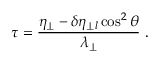
\tau = \frac { \eta _ { \perp } - \delta \eta _ { \perp l } \cos ^ { 2 } \theta } { \lambda _ { \perp } } \; .